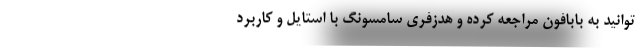
توانید به بابافون مراجعه کرده و هدزفری سامسونگ با استایل و کاربرد